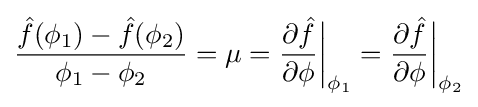
{\frac {{\hat {f}}(\phi _{1})-{\hat {f}}(\phi _{2})}{\phi _{1}-\phi _{2}}}=\mu ={\frac {\partial {\hat {f}}}{\partial \phi }}{\bigg |}_{\phi _{1}}={\frac {\partial {\hat {f}}}{\partial \phi }}{\bigg |}_{\phi _{2}}